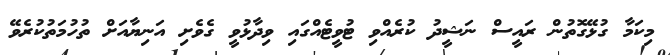
މިކަމާ ގުޅޭގޮތުން ރައީސް ނަޝީދު ކުރެއްވި ޓުވީޓެއްގައި ވިދާޅުވީ ގެވެށި އަނިޔާއަށް ތުހުމަތުކުރެވޭ